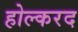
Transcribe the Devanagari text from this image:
होल्करद